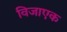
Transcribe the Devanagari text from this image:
विजाएक